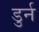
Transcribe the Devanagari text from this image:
डुर्न